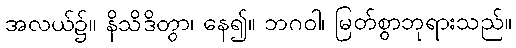
အလယ်၌။ နိသိဒိတွာ၊ နေ၍။ ဘဂဝါ၊ မြတ်စွာဘုရားသည်။